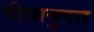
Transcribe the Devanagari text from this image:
गीतानुगत